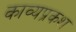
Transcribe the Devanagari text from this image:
काव्यप्रकश